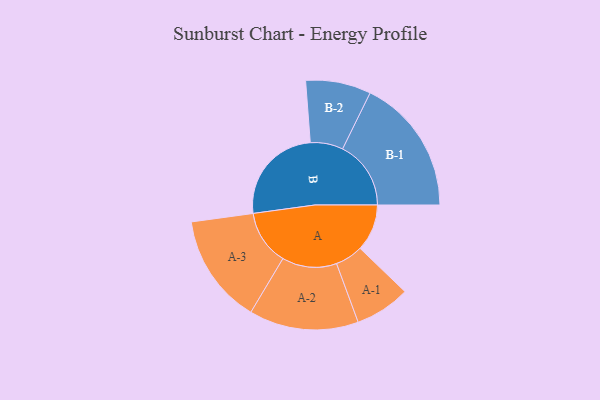
{"axis": {"x": "Segment", "y": "Value"}, "legend": ["", "A", "B"], "data": [{"x": "A", "y": 200, "type": ""}, {"x": "B", "y": 426, "type": ""}, {"x": "A-1", "y": 118, "type": "A"}, {"x": "A-2", "y": 233, "type": "A"}, {"x": "A-3", "y": 234, "type": "A"}, {"x": "B-1", "y": 291, "type": "B"}, {"x": "B-2", "y": 139, "type": "B"}]}